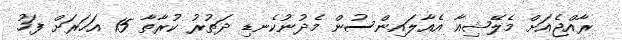
ރާއްޖެއަށް މެލޭޝިއާ އެއާލައިންސުން މެދުނުކެނޑި ދަތުރު ކުރާތާ 15 އަހަރަށް ފަހު